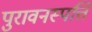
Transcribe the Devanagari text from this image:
पुरावनस्पत्ति